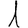
Digit: 1